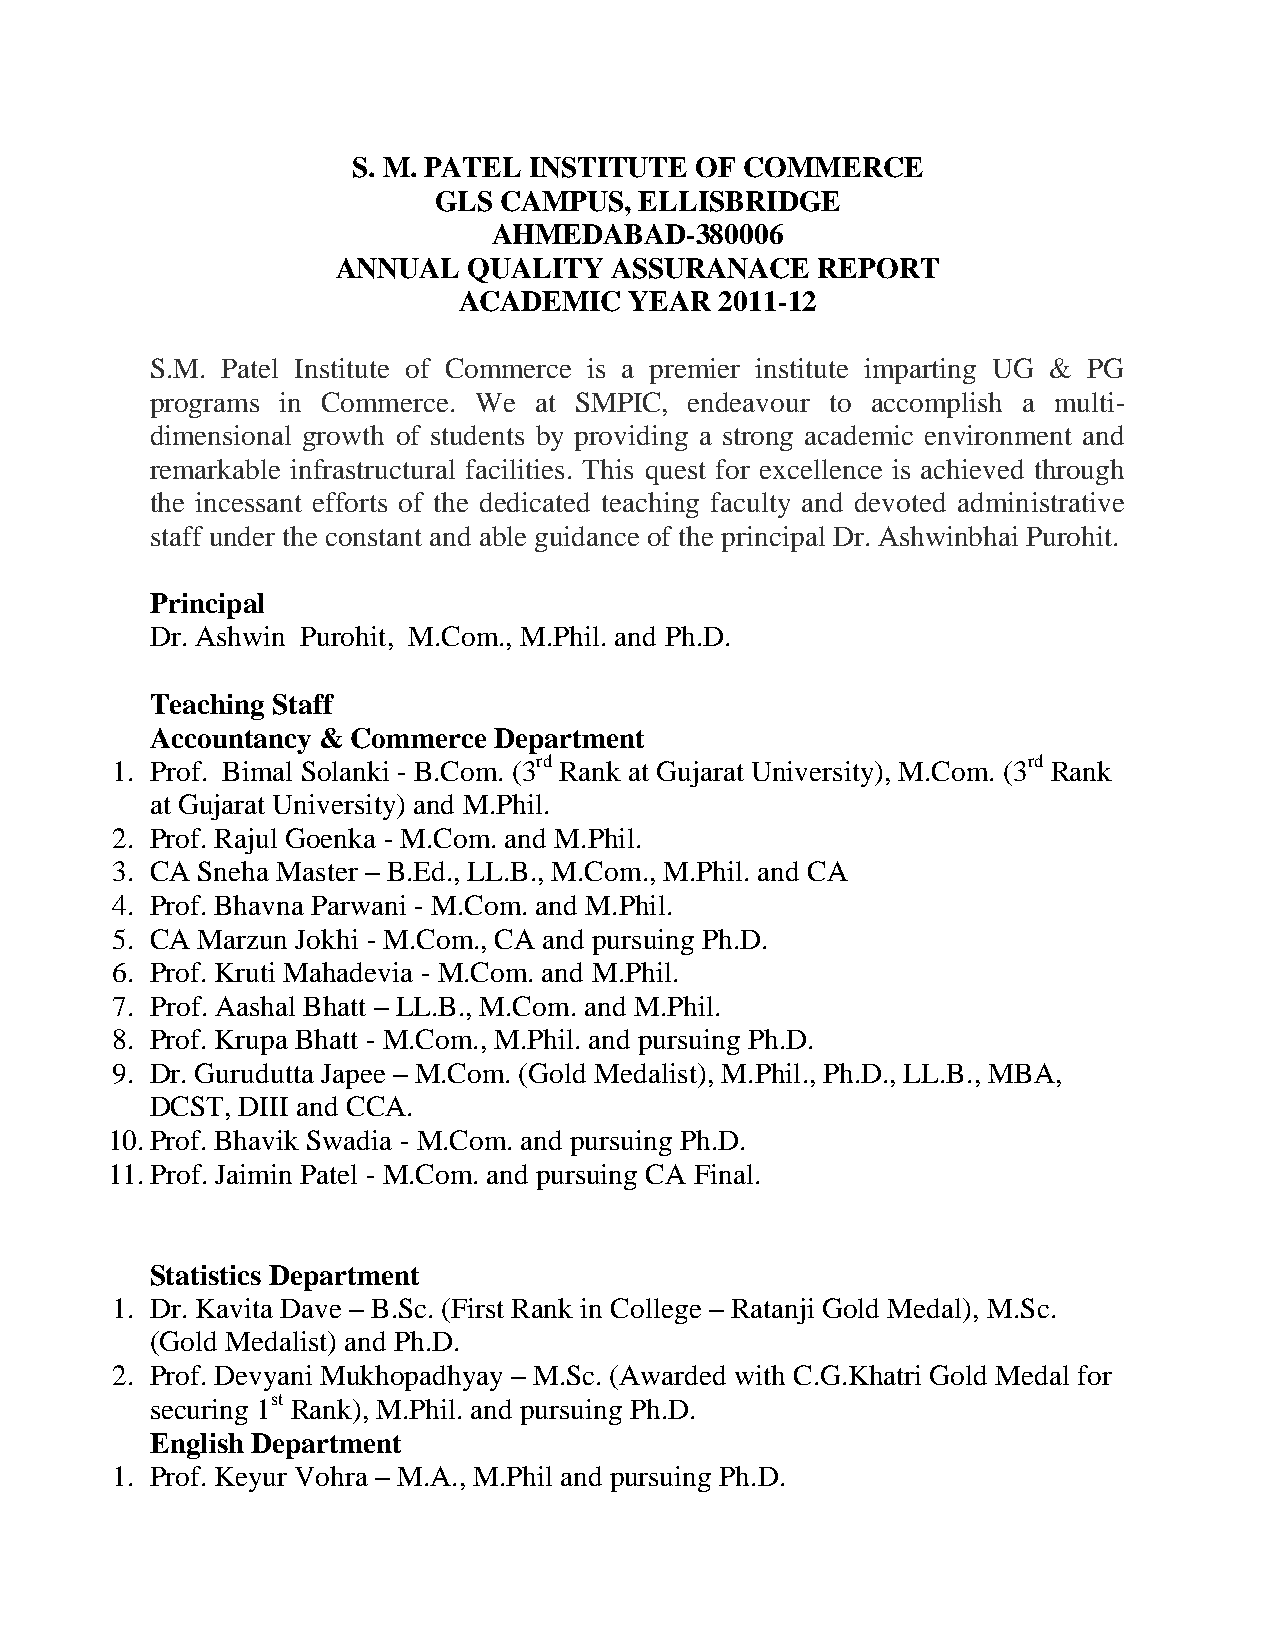
S. M. PATEL INSTITUTE  OF COMMERCE
 GLS CAMPUS,  ELLISBRIDGE
 AHMEDABAD-380006
 ANNUAL   QUALITY  ASSURANACE    REPORT
 ACADEMIC    YEAR  2011-12
 S.M. Patel Institute of Commerce is a premier institute imparting UG & PG
 programs in Commerce. We at SMPIC,  endeavour to accomplish a multi-
 dimensional growth of students by providing a strong academic environment and
 remarkable infrastructural facilities. This quest for excellence is achieved through
 the incessant efforts of the dedicated teaching faculty and devoted administrative
 staff under the constant and able guidance of the principal Dr. Ashwinbhai Purohit.
 Principal
 Dr. Ashwin Purohit, M.Com., M.Phil. and Ph.D.
 Teaching Staff
 Accountancy & Commerce Department
 1. Prof. Bimal Solanki - B.Com. (3rd Rank at Gujarat University), M.Com. (3rd Rank
 at Gujarat University) and M.Phil.
 2. Prof. Rajul Goenka - M.Com. and M.Phil.
 3. CA Sneha Master – B.Ed., LL.B., M.Com., M.Phil. and CA
 4. Prof. Bhavna Parwani - M.Com. and M.Phil.
 5. CA Marzun Jokhi - M.Com., CA and pursuing Ph.D.
 6. Prof. Kruti Mahadevia - M.Com. and M.Phil.
 7. Prof. Aashal Bhatt – LL.B., M.Com. and M.Phil.
 8. Prof. Krupa Bhatt - M.Com., M.Phil. and pursuing Ph.D.
 9. Dr. Gurudutta Japee – M.Com. (Gold Medalist), M.Phil., Ph.D., LL.B., MBA,
 DCST, DIII and CCA.
 10. Prof. Bhavik Swadia - M.Com. and pursuing Ph.D.
 11. Prof. Jaimin Patel - M.Com. and pursuing CA Final.
 Statistics Department
 1. Dr. Kavita Dave – B.Sc. (First Rank in College – Ratanji Gold Medal), M.Sc.
 (Gold Medalist) and Ph.D.
 2. Prof. Devyani Mukhopadhyay – M.Sc. (Awarded with C.G.Khatri Gold Medal for
 securing 1st Rank), M.Phil. and pursuing Ph.D.
 English Department
 1. Prof. Keyur Vohra – M.A., M.Phil and pursuing Ph.D.